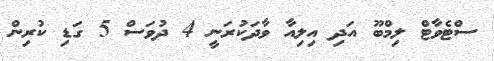
ސްޓެވާޓް ލިމްބޫ އަދި އިލިއާ ވާދަކުރަނީ 4 ދުވަސް 5 ގަޑި ކުރިން